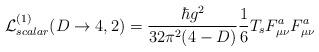
LaTeX: \begin{align*}{\cal L}_{scalar}^{(1)}(D\rightarrow 4,2) = \frac{\hbar g^2}{32\pi^{2}(4-D)} \frac{1}{6} T_{s}F^{a}_{\mu\nu}F^{a}_{\mu\nu}\end{align*}